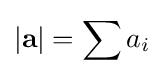
|\mathbf {a} |=\sum a_{i}